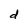
Character: d